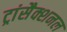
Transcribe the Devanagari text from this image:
ट्रांसैक्शनल